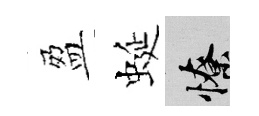
盈蜒憭